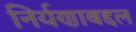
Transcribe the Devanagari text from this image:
निर्यणाबद्दल